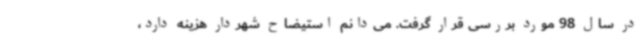
در سال 98 مورد بررسی قرار گرفت. می‌دانم استیضاح شهردار هزینه دارد،